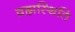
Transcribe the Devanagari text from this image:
व्रह्मस्थिति